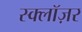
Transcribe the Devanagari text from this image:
स्क्लॉज़र